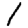
Digit: 1